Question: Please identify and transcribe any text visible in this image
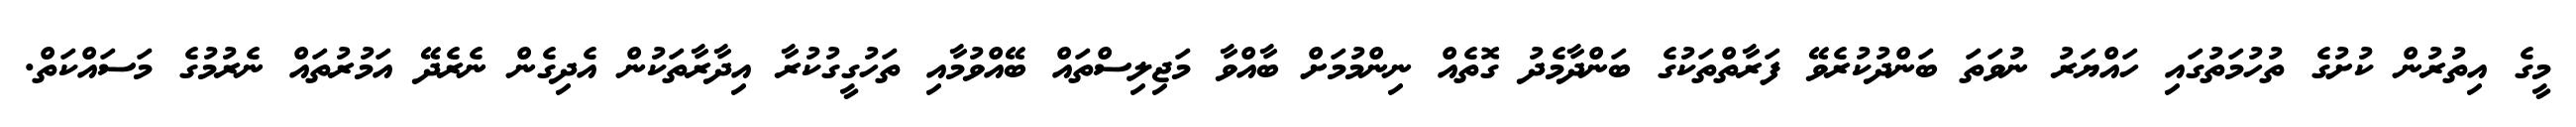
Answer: މީގެ އިތުރުން ކުށުގެ ތުހުމަތުގައި ހައްޔަރު ނުވަތަ ބަންދުކުރެވޭ ފަރާތްތަކުގެ ބަންދާމެދު ގޮތެއް ނިންމުމަށް ބާއްވާ މަޖިލިސްތައް ބޭއްވުމާއި ތަހުގީގުކުރާ އިދާރާތަކުން އެދިގެން ނެރެދޭ އަމުރުތައް ނެރުމުގެ މަސައްކަތް.